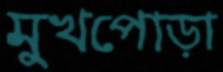
মুখপোড়া